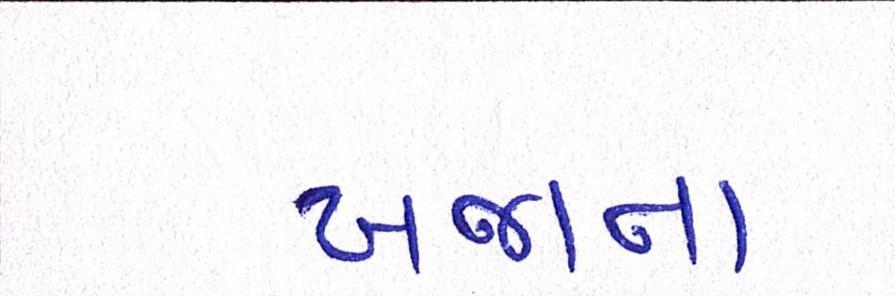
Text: ખજાના